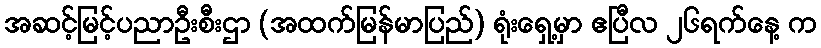
အဆင့်မြင့်ပညာဦးစီးဌာ (အထက်မြန်မာပြည်) ရုံးရှေ့မှာ ဧပြီလ ၂၆ရက်နေ့ က